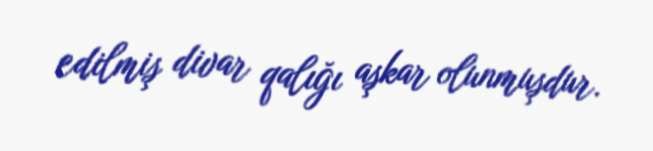
edilmiş divar qalığı aşkar olunmuşdur.